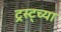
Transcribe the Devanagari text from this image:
ट्रस्ट्च्या